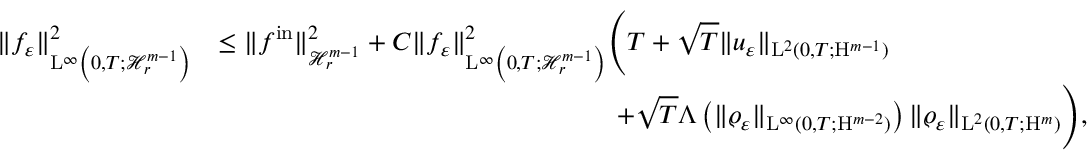
\begin{array} { r l } { \Vert f _ { \varepsilon } \Vert _ { \mathrm { L } ^ { \infty } \left( 0 , T ; \mathcal { H } _ { r } ^ { m - 1 } \right) } ^ { 2 } } & { \leq \Vert f ^ { \mathrm { i n } } \Vert _ { \mathcal { H } _ { r } ^ { m - 1 } } ^ { 2 } + C \Vert f _ { \varepsilon } \Vert _ { \mathrm { L } ^ { \infty } \left( 0 , T ; \mathcal { H } _ { r } ^ { m - 1 } \right) } ^ { 2 } \Bigg ( T + \sqrt { T } \Vert u _ { \varepsilon } \Vert _ { \mathrm { L } ^ { 2 } ( 0 , T ; \mathrm { H } ^ { m - 1 } ) } } \\ & { \qquad \qquad \qquad \qquad \qquad \qquad \qquad \quad + \sqrt { T } \Lambda \left( \Vert \varrho _ { \varepsilon } \Vert _ { \mathrm { L } ^ { \infty } ( 0 , T ; \mathrm { H } ^ { m - 2 } ) } \right) \Vert \varrho _ { \varepsilon } \Vert _ { \mathrm { L } ^ { 2 } ( 0 , T ; \mathrm { H } ^ { m } ) } \Bigg ) , } \end{array}